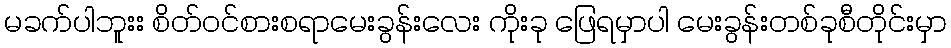
မခက်ပါဘူးး စိတ်ဝင်စားစရာမေးခွန်းလေး ကိုးခု ဖြေရမှာပါ မေးခွန်းတစ်ခုစီတိုင်းမှာ